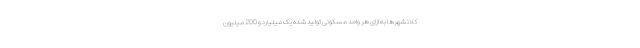
کلانشهرها به ازای هر واحد مسکونی تولید شده یک میلیارد و 200 میلیون